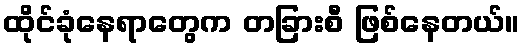
ထိုင်ခုံနေရာတွေက တခြားစီ ဖြစ်နေတယ်။